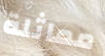
مماثلة